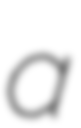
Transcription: a